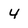
Character: 4